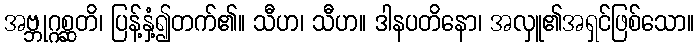
အဗ္ဘုဂ္ဂစ္ဆတိ၊ ပြန့်နှံ့၍တက်၏။ သီဟ၊ သီဟ။ ဒါနပတိနော၊ အလှူ၏အရှင်ဖြစ်သော။